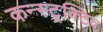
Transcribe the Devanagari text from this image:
कन्स्ट्रक्टिव